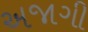
અજાગી